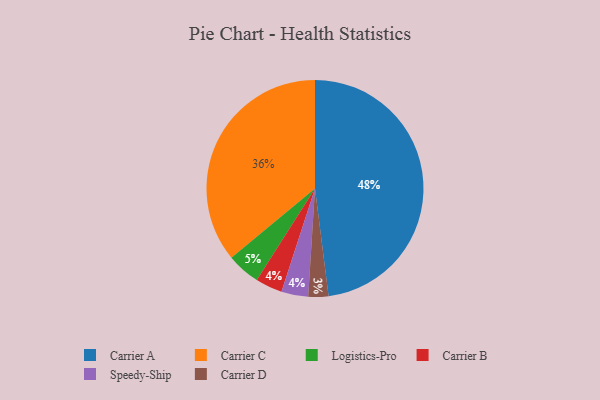
{"axis": {"x": "Category", "y": "Percentage"}, "legend": ["Carrier A", "Carrier B", "Carrier C", "Carrier D", "Logistics-Pro", "Speedy-Ship"], "data": [{"x": "Carrier C", "y": 36, "type": "Carrier C"}, {"x": "Carrier B", "y": 4, "type": "Carrier B"}, {"x": "Logistics-Pro", "y": 5, "type": "Logistics-Pro"}, {"x": "Speedy-Ship", "y": 4, "type": "Speedy-Ship"}, {"x": "Carrier A", "y": 48, "type": "Carrier A"}, {"x": "Carrier D", "y": 3, "type": "Carrier D"}]}